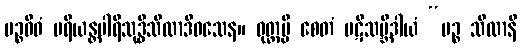
ပဉ္စဝိဓံ ပရိယန္တပါရိသုဒ္ဓိသီလာဒိဝသေန။ ဝုတ္တမ္ပိ စေတံ ပဋိသမ္ဘိဒါယံ “ပဉ္စ သီလာနိ